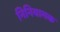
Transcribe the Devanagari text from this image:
निनियामक